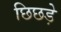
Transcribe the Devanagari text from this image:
छिछड़े